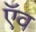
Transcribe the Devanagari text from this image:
ऍव